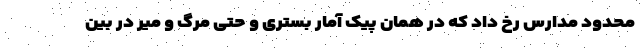
محدود مدارس رخ داد که در همان پیک آمار بستری و حتی مرگ و میر در بین